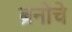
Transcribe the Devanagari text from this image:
ब्रनोचे